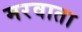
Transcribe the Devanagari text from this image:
मरवाता